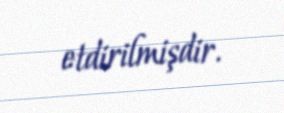
etdirilmişdir.